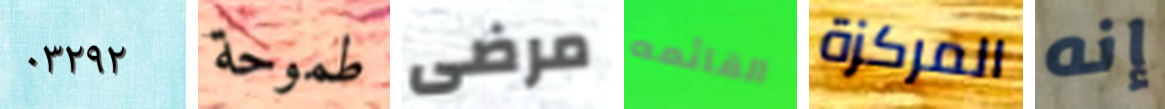
٠٣٢٩٢ طموحة مرضى القائمه المركزة إنه